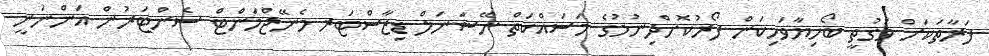
ފަރާތަކަށް ވަގުތީ ބޯހިޔާވަހިކަން ފޯރުކޮށްދިނުމުގެ މަސައްކަތް ނޭޝަނަލް ޑިޒާސްޓަރ މެނޭޖްމަންޓް ސެންޓަރުން އަންނަނީ